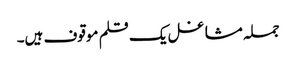
جملہ مشاغل یک قلم موقوف ہیں۔